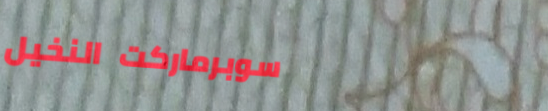
سوبرماركت النخيل